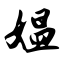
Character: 媪